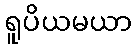
ရူပိယမယာ